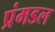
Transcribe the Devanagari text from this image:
प्रंमडल